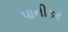
પાનીકર